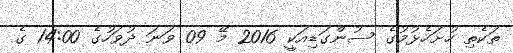
ތަކެތި ހުށަހެޅުމުގެ ސުންގަޑިއަކީ 2016 މޭ 09 ވަނަ ދުވަހުގެ 14:00 ގެ